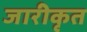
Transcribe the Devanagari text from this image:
जारीकृत